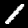
Digit: 1